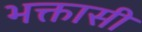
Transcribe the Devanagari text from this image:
भक्तासी